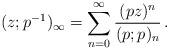
LaTeX: \begin{align*}(z;p^{-1})_{\infty}=\sum_{n=0}^{\infty}\frac{(pz)^{n}}{(p;p)_{n}}\,.\end{align*}